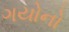
ગયોનો